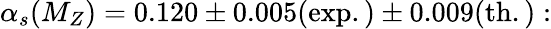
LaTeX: {\alpha_{s}(M_{Z})=0.120\pm 0.005\mathrm{(exp.)}\pm 0.009\mathrm{(th.)}:}